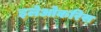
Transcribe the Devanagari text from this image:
इलेओकरिस